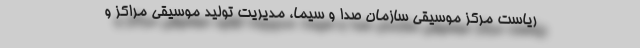
ریاست مرکز موسیقی سازمان صدا و سیما، مدیریت تولید موسیقی مراکز و